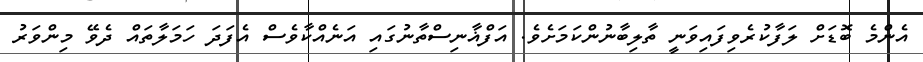
އެންމެ ބޮޑަށް ލަފާކުރެވިފައިވަނީ ތާލިބާނުންކަމަށެވެ. އަފްޣާނިސްތާނުގައި އަނެއްކާވެސް އެފަދަ ހަމަލާތައް ދެވޭ މިންވަރު